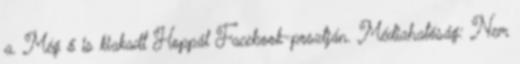
a. Még ő is kiakadt Hoppál Facebook-posztján. Médiahatóság: Nem